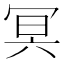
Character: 冥